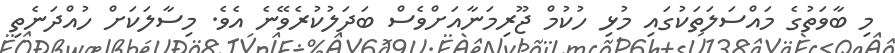
މި ބާވަތުގެ މައްސަލަތަކުގައި މުޅި ހުކުމް ޖޫރިމަނާއަށްވެސް ބަދަލުކުރެވޭނެ އެވެ. މިސާލަކަށް ހުއްދަނެތި